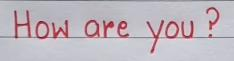
How are you?